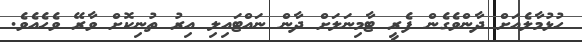
ހުޅުމާލެއަށް ދާންވެގެން ފެރީ ޓާމިނަލަށް ދާން ނައްޓައިލި އިރު ތުނިކޮށް ވާރޭ ވެހެއެވެ.